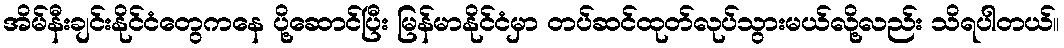
အိမ်နီးချင်းနိုင်ငံတွေကနေ ပို့ဆောင်ပြီး မြန်မာနိုင်ငံမှာ တပ်ဆင်ထုတ်လုပ်သွားမယ်လို့လည်း သိရပါတယ်။